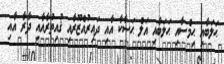
ޙަލަބާއި ޙިމްސާއި ޙަލަބާއި އަލް ޙަސާކާ އާއި ދައިރުއްޒޫރާއި ޤުއިތުރާއާއި ދާރާ އާއި